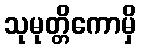
သုမုတ္တိကောမှိ